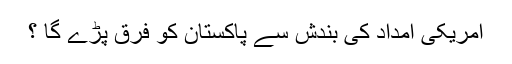
امریکی امداد کی بندش سے پاکستان کو فرق پڑے گا ؟